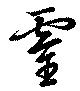
靈